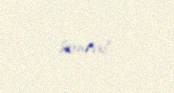
sonra!.